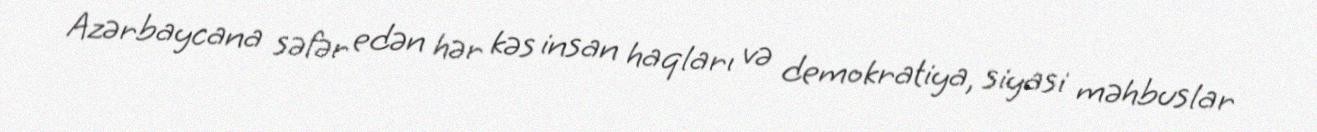
Azərbaycana səfər edən hər kəs insan haqları və demokratiya, siyasi məhbuslar